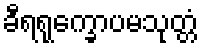
ခီရရုက္ခောပမသုတ္တံ